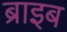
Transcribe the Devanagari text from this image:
ब्राइब